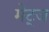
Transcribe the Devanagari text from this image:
मेट्ज